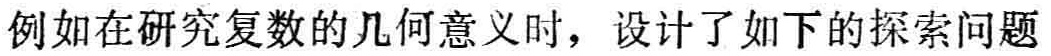
例如在研究复数的几何意义时，设计了如下的探索问题